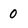
Character: 0